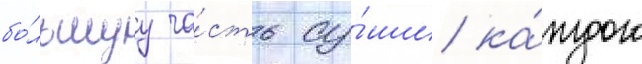
бо́льшуу ча́сть су́ши ка́ждого